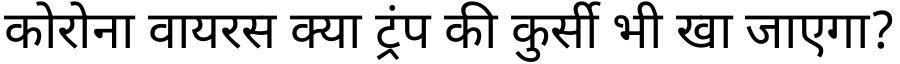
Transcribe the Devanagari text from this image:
कोरोना वायरस क्या ट्रंप की कुर्सी भी खा जाएगा?